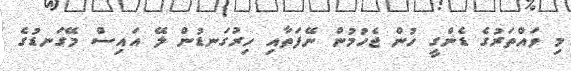
މި ވައްތަރުގެ ޑެންގީ ހުން ޖެހުމުން ނޭފަތާއި ހިރުގަނޑުން ލޭ އައިސް މޭގަނޑުގެ